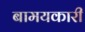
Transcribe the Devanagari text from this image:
बामयकारी